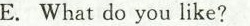
E.What do you like?